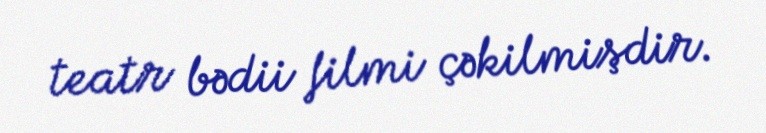
teatr bədii filmi çəkilmişdir.